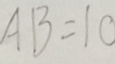
A B = 1 0